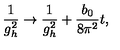
\frac { 1 } { g _ { h } ^ { 2 } } \rightarrow \frac { 1 } { g _ { h } ^ { 2 } } + \frac { b _ { 0 } } { 8 \pi ^ { 2 } } t ,